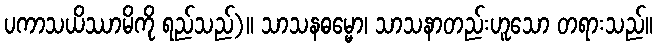
ပကာသယိဿာမိကို ရည်သည်)။ သာသနဓမ္မော၊ သာသနာတည်းဟူသော တရားသည်။